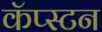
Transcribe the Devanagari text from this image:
कॅप्स्टन